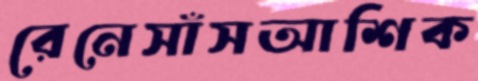
রেনেসাঁসআশিক